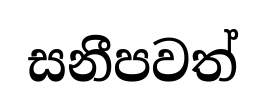
සනීපවත්